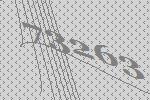
73263